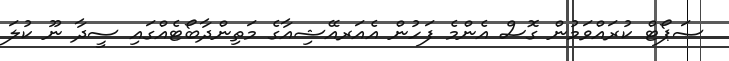
ސަޕޯޓް ކުރައްވަމުން ގޮސް އެންމެ ފަހުން އެއަރއޭޝިއާގެ މަތިންދާބޯޓެއްގައި ސީދާ ނޫ ކުލަ